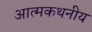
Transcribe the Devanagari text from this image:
आत्मकथनीय